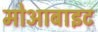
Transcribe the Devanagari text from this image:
मोआबाइट